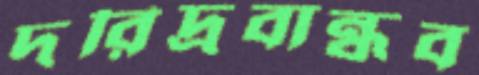
দরিদ্রবান্ধব